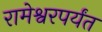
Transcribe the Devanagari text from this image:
रामेश्वरपर्यंत